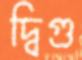
দ্বিগু